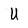
Character: U